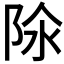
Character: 𨹉